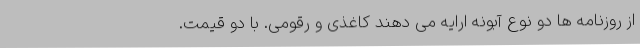
از روزنامه ها دو نوع آبونه ارایه می دهند کاغذی و رقومی. با دو قیمت.